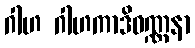
ဂါဟ ဂါဟကာဒိဝဏ္ဏနာ